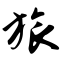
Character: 旅